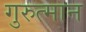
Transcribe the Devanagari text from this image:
गुरुत्मान